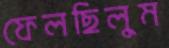
ফেলছিলুম